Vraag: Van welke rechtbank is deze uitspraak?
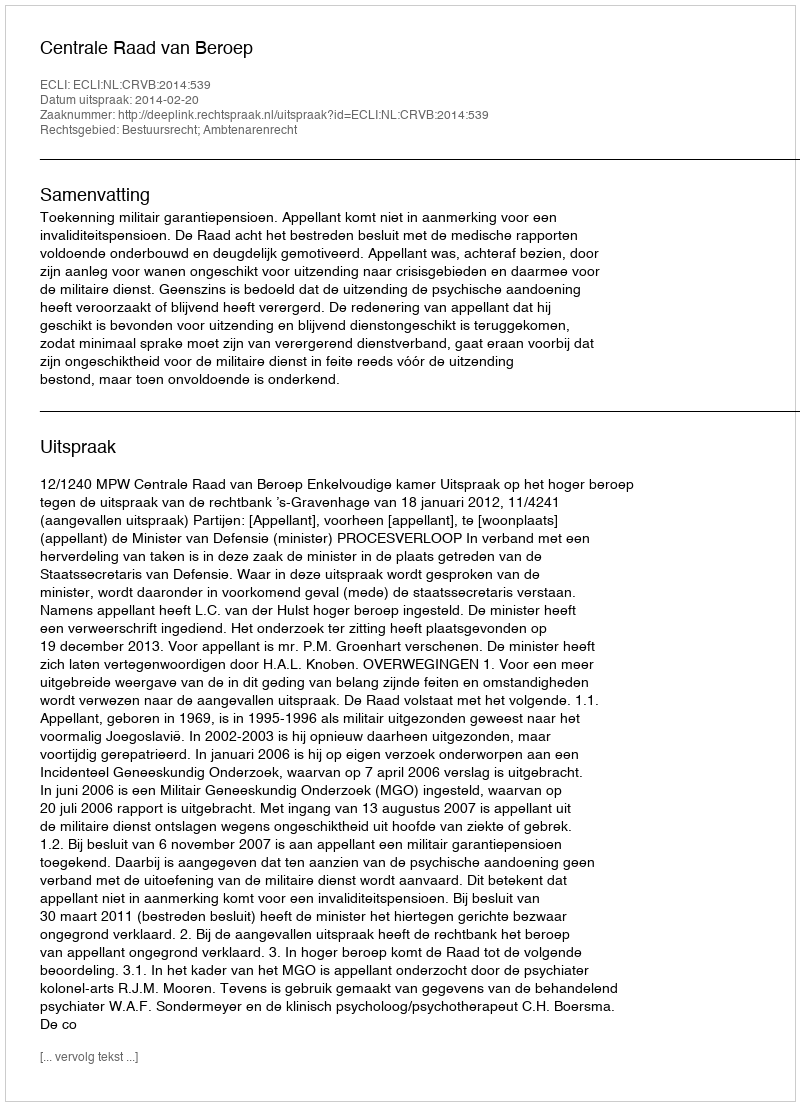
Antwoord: Centrale Raad van Beroep